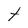
Character: t